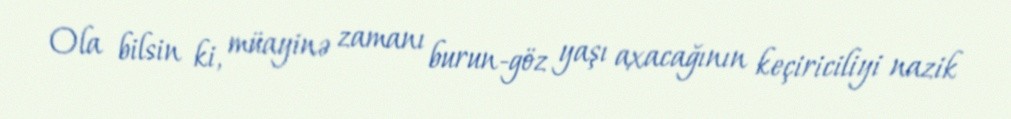
Ola bilsin ki, müayinə zamanı burun-göz yaşı axacağının keçiriciliyi nazik